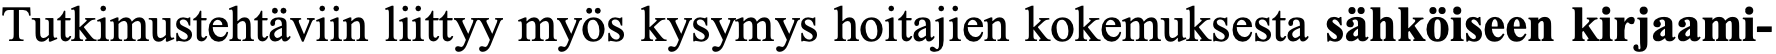
Tutkimustehtäviin liittyy myös kysymys hoitajien kokemuksesta sähköiseen kirjaami-